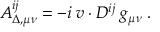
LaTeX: { \cal A } _ { \Delta , \mu \nu } ^ { i j } = - i \; v \cdot D ^ { i j } \; g _ { \mu \nu } \; .